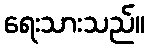
ရေးသားသည်။